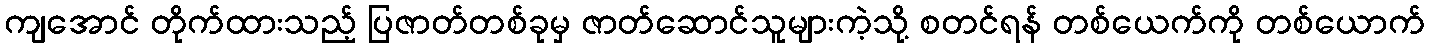
ကျအောင် တိုက်ထားသည့် ပြဇာတ်တစ်ခုမှ ဇာတ်ဆောင်သူများကဲ့သို့ စတင်ရန် တစ်ယေက်ကို တစ်ယောက်